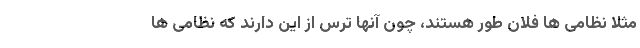
مثلا نظامی ها فلان طور هستند، چون آنها ترس از این دارند که نظامی ها